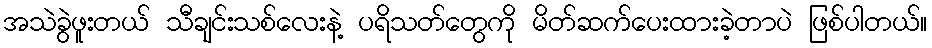
အသဲခွဲဖူးတယ် သီချင်းသစ်လေးနဲ့ ပရိသတ်တွေကို မိတ်ဆက်ပေးထားခဲ့တာပဲ ဖြစ်ပါတယ်။